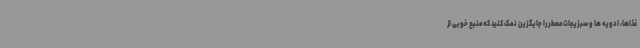
غذاها، ادویه ها و سبزیجات معطر را جایگزین نمک کنید که منبع خوبی از